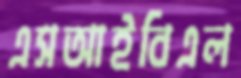
এসআইবিএল